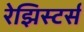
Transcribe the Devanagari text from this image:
रेझिस्टर्स